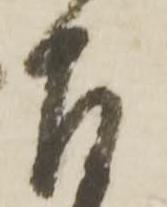
左